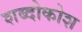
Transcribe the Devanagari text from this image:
शब्दोकोश